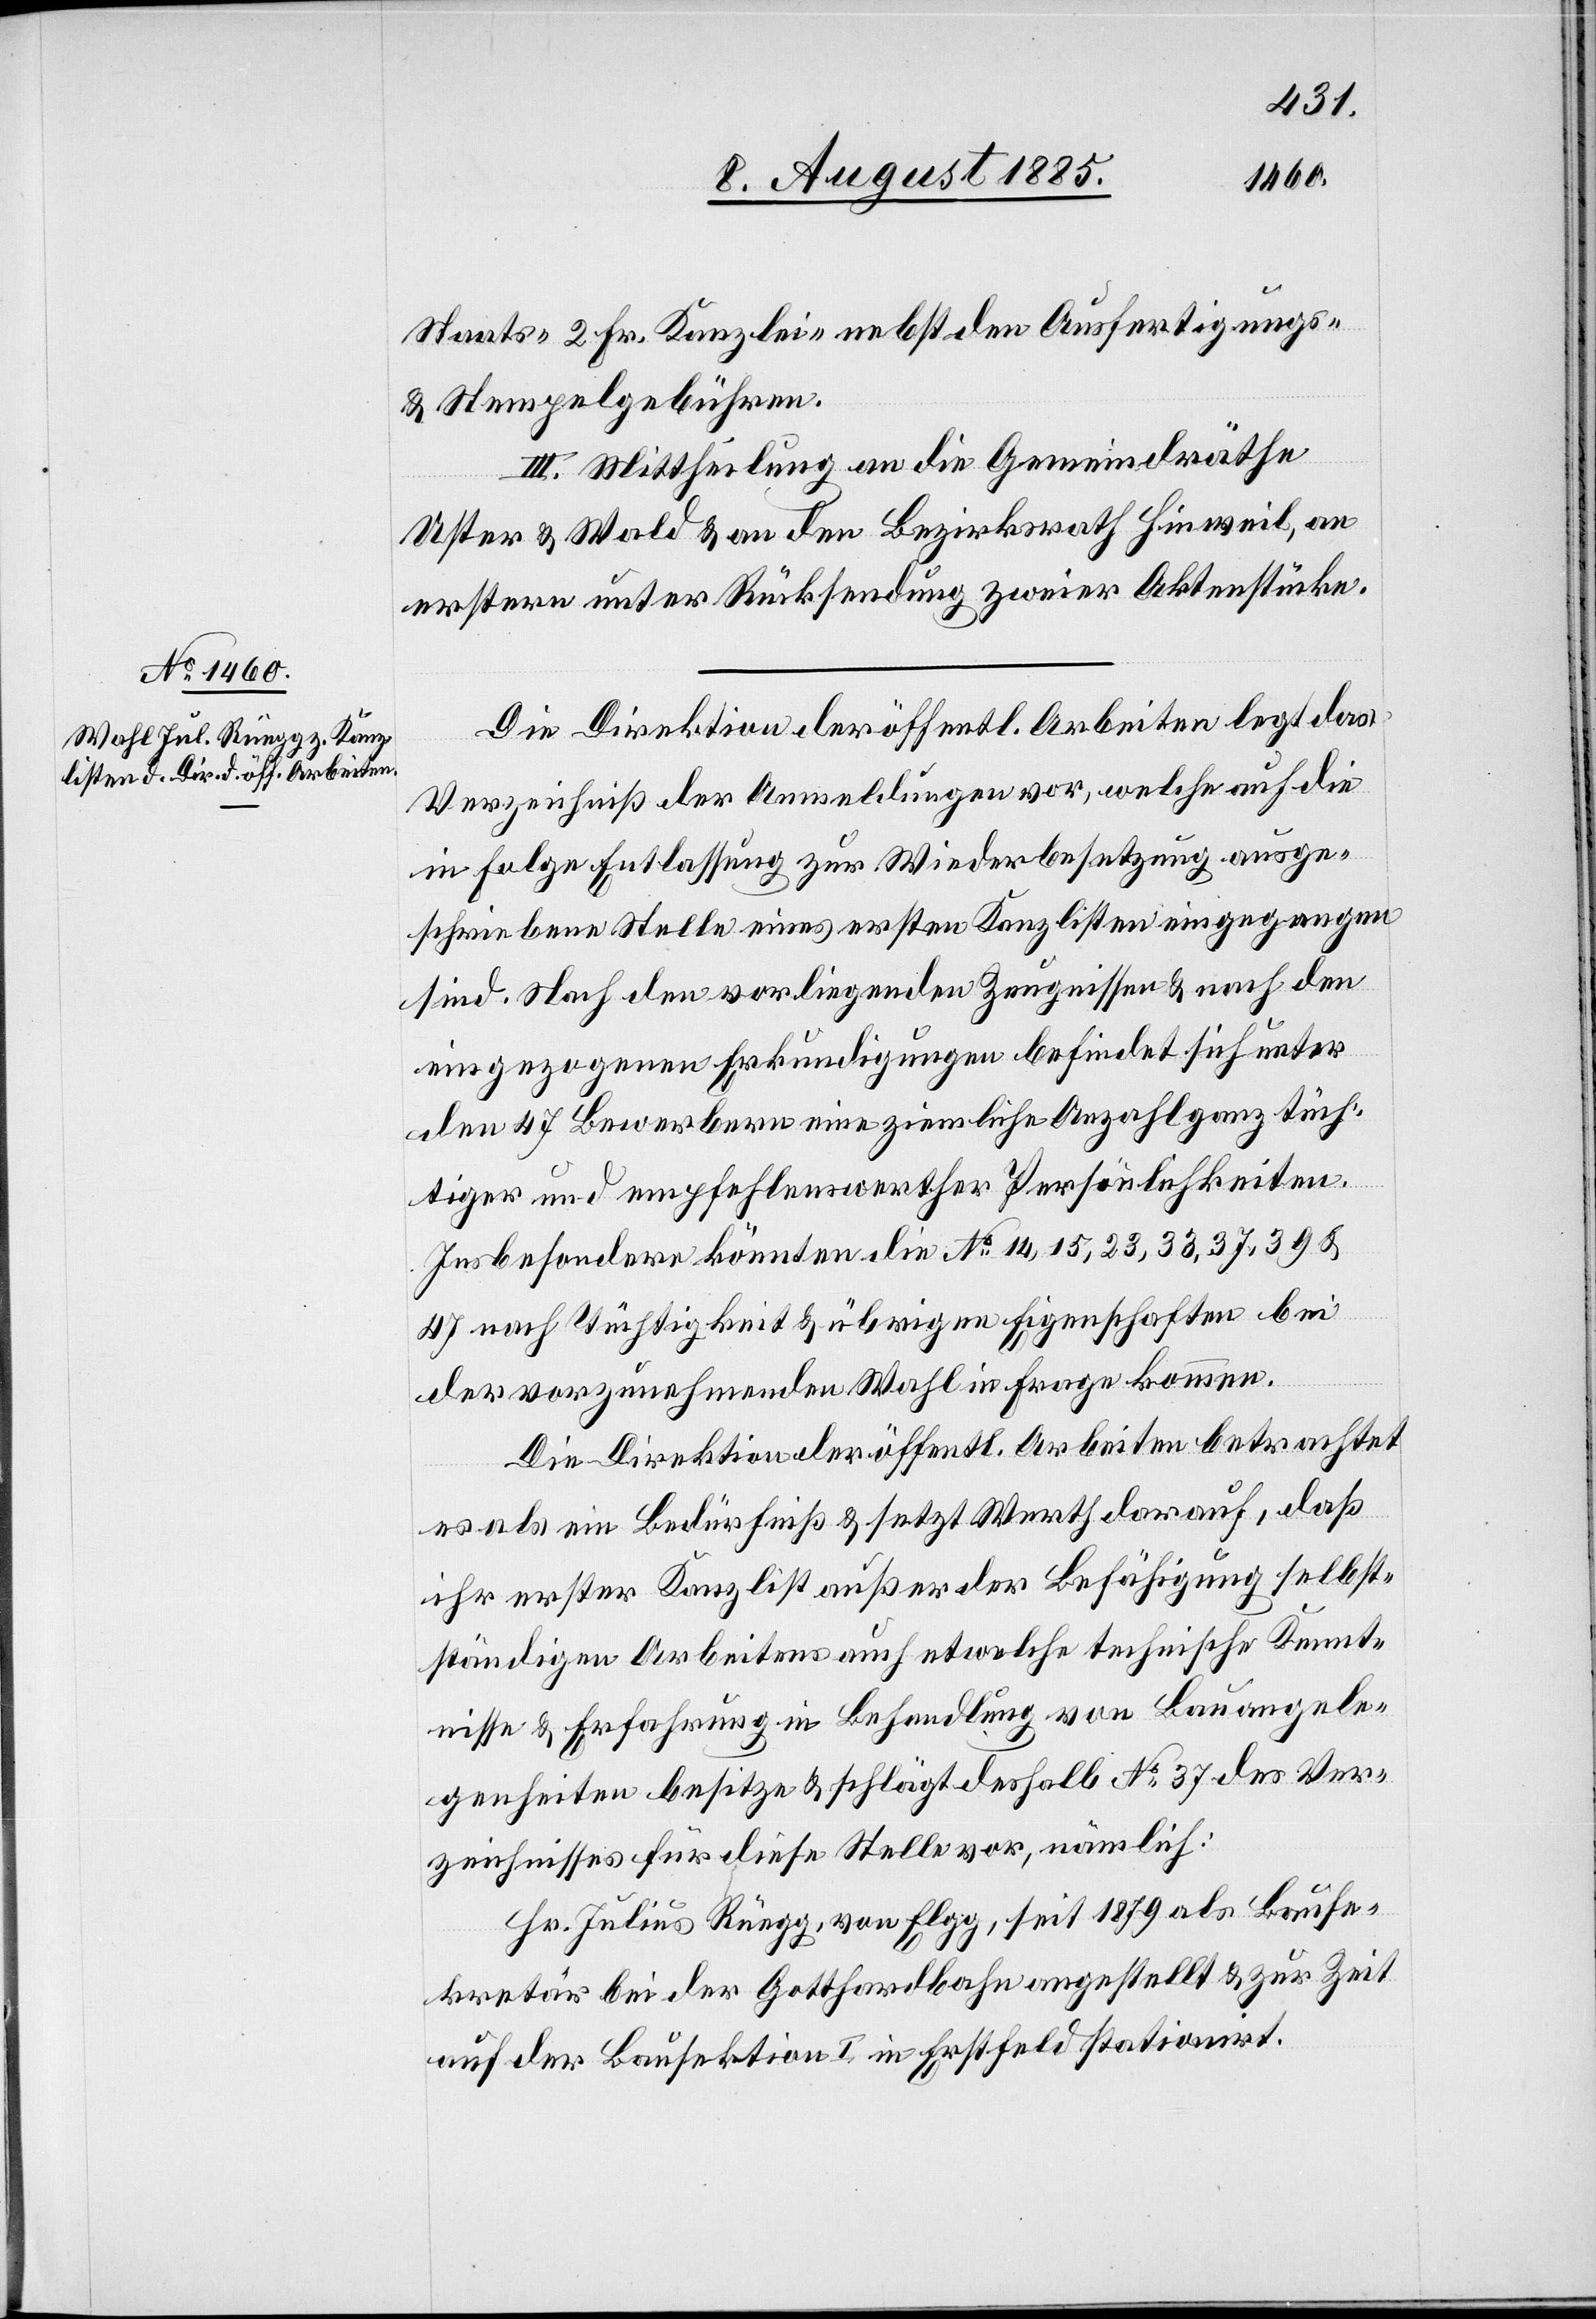
Staats- 2 Fr. Kanzlei- nebst den Ausfertigungs-
& Stempelgebühren.
III. Mittheilung an die Gemeindräthe
Uster & Wald & an den Bezirksrath Hinweil, an
erstern unter Rücksendung zweier Aktenstücke.
Die Direktion der öffentl. Arbeiten legt das
Verzeichniß der Anmeldungen vor, welche auf die
in Folge Entlassung zur Wiederbesetzung ausge¬
schriebene Stelle eines ersten Kanzlisten eingegangen
sind. Nach den vorliegenden Zeugnissen & nach den
eingezogenen Erkundigungen befindet sich unter
den 47 Bewerbern eine ziemliche Anzahl ganz tüch¬
tiger und empfehlenswerter Persönlichkeiten.
Insbesondere könnten die No 14, 15, 23, 33, 37, 39 &
47 nach Tüchtigkeit & übrigen Eigenschaften bei
der vorzunehmenden Wahl in Frage kommen.
Die Direktion der öffentl. Arbeiten betrachtet
es als ein Bedürfniß & setzt Werth darauf, daß
ihr erster Kanzlist außer der Befähigung selbst¬
ständigen Arbeitens auch etwelche technische Kennt¬
nisse & Erfahrung in Behandlung von Bauangele¬
genheiten besitze & schlägt deshalb No 37 des Ver¬
zeichnisses für diese Stelle vor, nämlich:
Hr. Julius Rüegg, von Elgg, seit 1879 als Bause¬
kretär bei der Gotthardbahn angestellt & zur Zeit
auf der Bausektion I in Erstfeld stationirt.